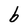
Character: b